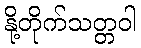
နို့တိုက်သတ္တဝါ